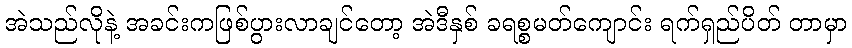
အဲသည်လိုနဲ့ အခင်းကဖြစ်ပွားလာချင်တော့ အဲဒီနှစ် ခရစ္စမတ်ကျောင်း ရက်ရှည်ပိတ် တာမှာ